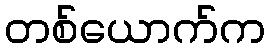
တစ်ယောက်က